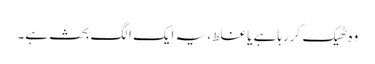
وہ ٹھیک کررہا ہے یا غلط، یہ ایک الگ بحث ہے۔